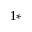
^ { 1 * }